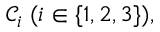
\mathcal { C } _ { i } \; ( i \in \{ 1 , 2 , 3 \} ) ,